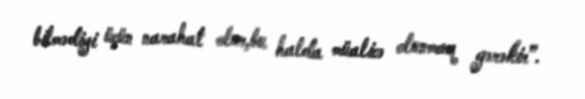
bilmədiyi üçün narahat olur,bu halda müalicə olunmaq gərəkir”.